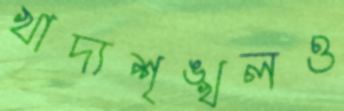
খাদ্যশৃঙ্খলও